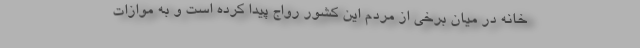
خانه در میان برخی از مردم این کشور رواج پیدا کرده است و به موازات